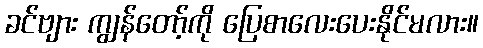
ခင်ဗျား ကျွန်တော့်ကို ပြေစာလေးပေးနိုင်မလား။